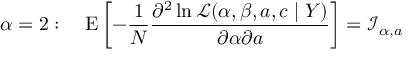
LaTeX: \alpha = 2 : \quad \operatorname { E } \left[ - { \frac { 1 } { N } } { \frac { \partial ^ { 2 } \ln { \mathcal { L } } ( \alpha , \beta , a , c \mid Y ) } { \partial \alpha \partial a } } \right] = { \mathcal { I } } _ { \alpha , a }